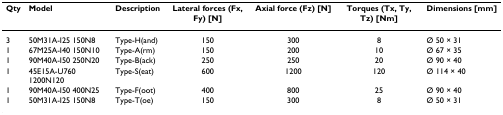
<table><thead><tr><td><b>Qty</b></td><td><b>Model</b></td><td><b>Description</b></td><td><b>Lateral forces (Fx, Fy) [N]</b></td><td><b>Axial force (Fz) [N]</b></td><td><b>Torques (Tx, Ty, Tz) [Nm]</b></td><td><b>Dimensions [mm]</b></td></tr></thead><tbody><tr><td>3</td><td>50M31A-I25 150N8</td><td>Type-H(and)</td><td>150</td><td>300</td><td>8</td><td>Ø 50 × 31</td></tr><tr><td>1</td><td>67M25A-I40 150N10</td><td>Type-A(rm)</td><td>150</td><td>200</td><td>10</td><td>Ø 67 × 35</td></tr><tr><td>1</td><td>90M40A-I50 250N20</td><td>Type-B(ack)</td><td>250</td><td>250</td><td>20</td><td>Ø 90 × 40</td></tr><tr><td>1</td><td>45E15A-U760 1200N120</td><td>Type-S(eat)</td><td>600</td><td>1200</td><td>120</td><td>Ø 114 × 40</td></tr><tr><td>1</td><td>90M40A-I50 400N25</td><td>Type-F(oot)</td><td>400</td><td>800</td><td>25</td><td>Ø 90 × 40</td></tr><tr><td>1</td><td>50M31A-I25 150N8</td><td>Type-T(oe)</td><td>150</td><td>300</td><td>8</td><td>Ø 50 × 31</td></tr></tbody></table>